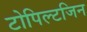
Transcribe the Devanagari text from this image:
टोपिल्टजिन